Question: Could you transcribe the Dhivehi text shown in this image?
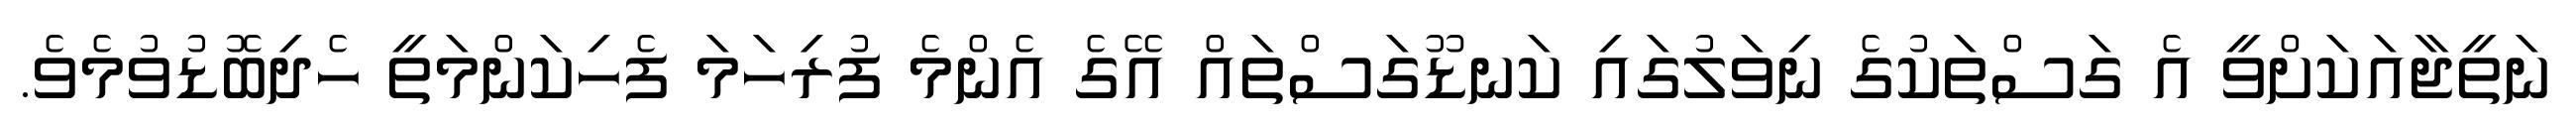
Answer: ނަތީޖާއަކަށްވީ އެ ގަސްތަކުގެ ނިވަލުގައި ކަނޑޫގަސްތައް އޭގެ އެންމެ ފުރިހަމަ ފެހިކަންމަތީ ހެދިބޮޑުވުމެވެ.